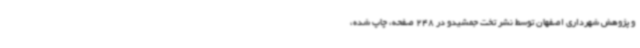
و پژوهش شهرداری اصفهان توسط نشر تخت جمشیدو در 248 صفحه، چاپ شده،